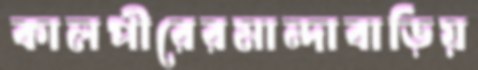
কালপীরেরমান্দাবাড়িয়